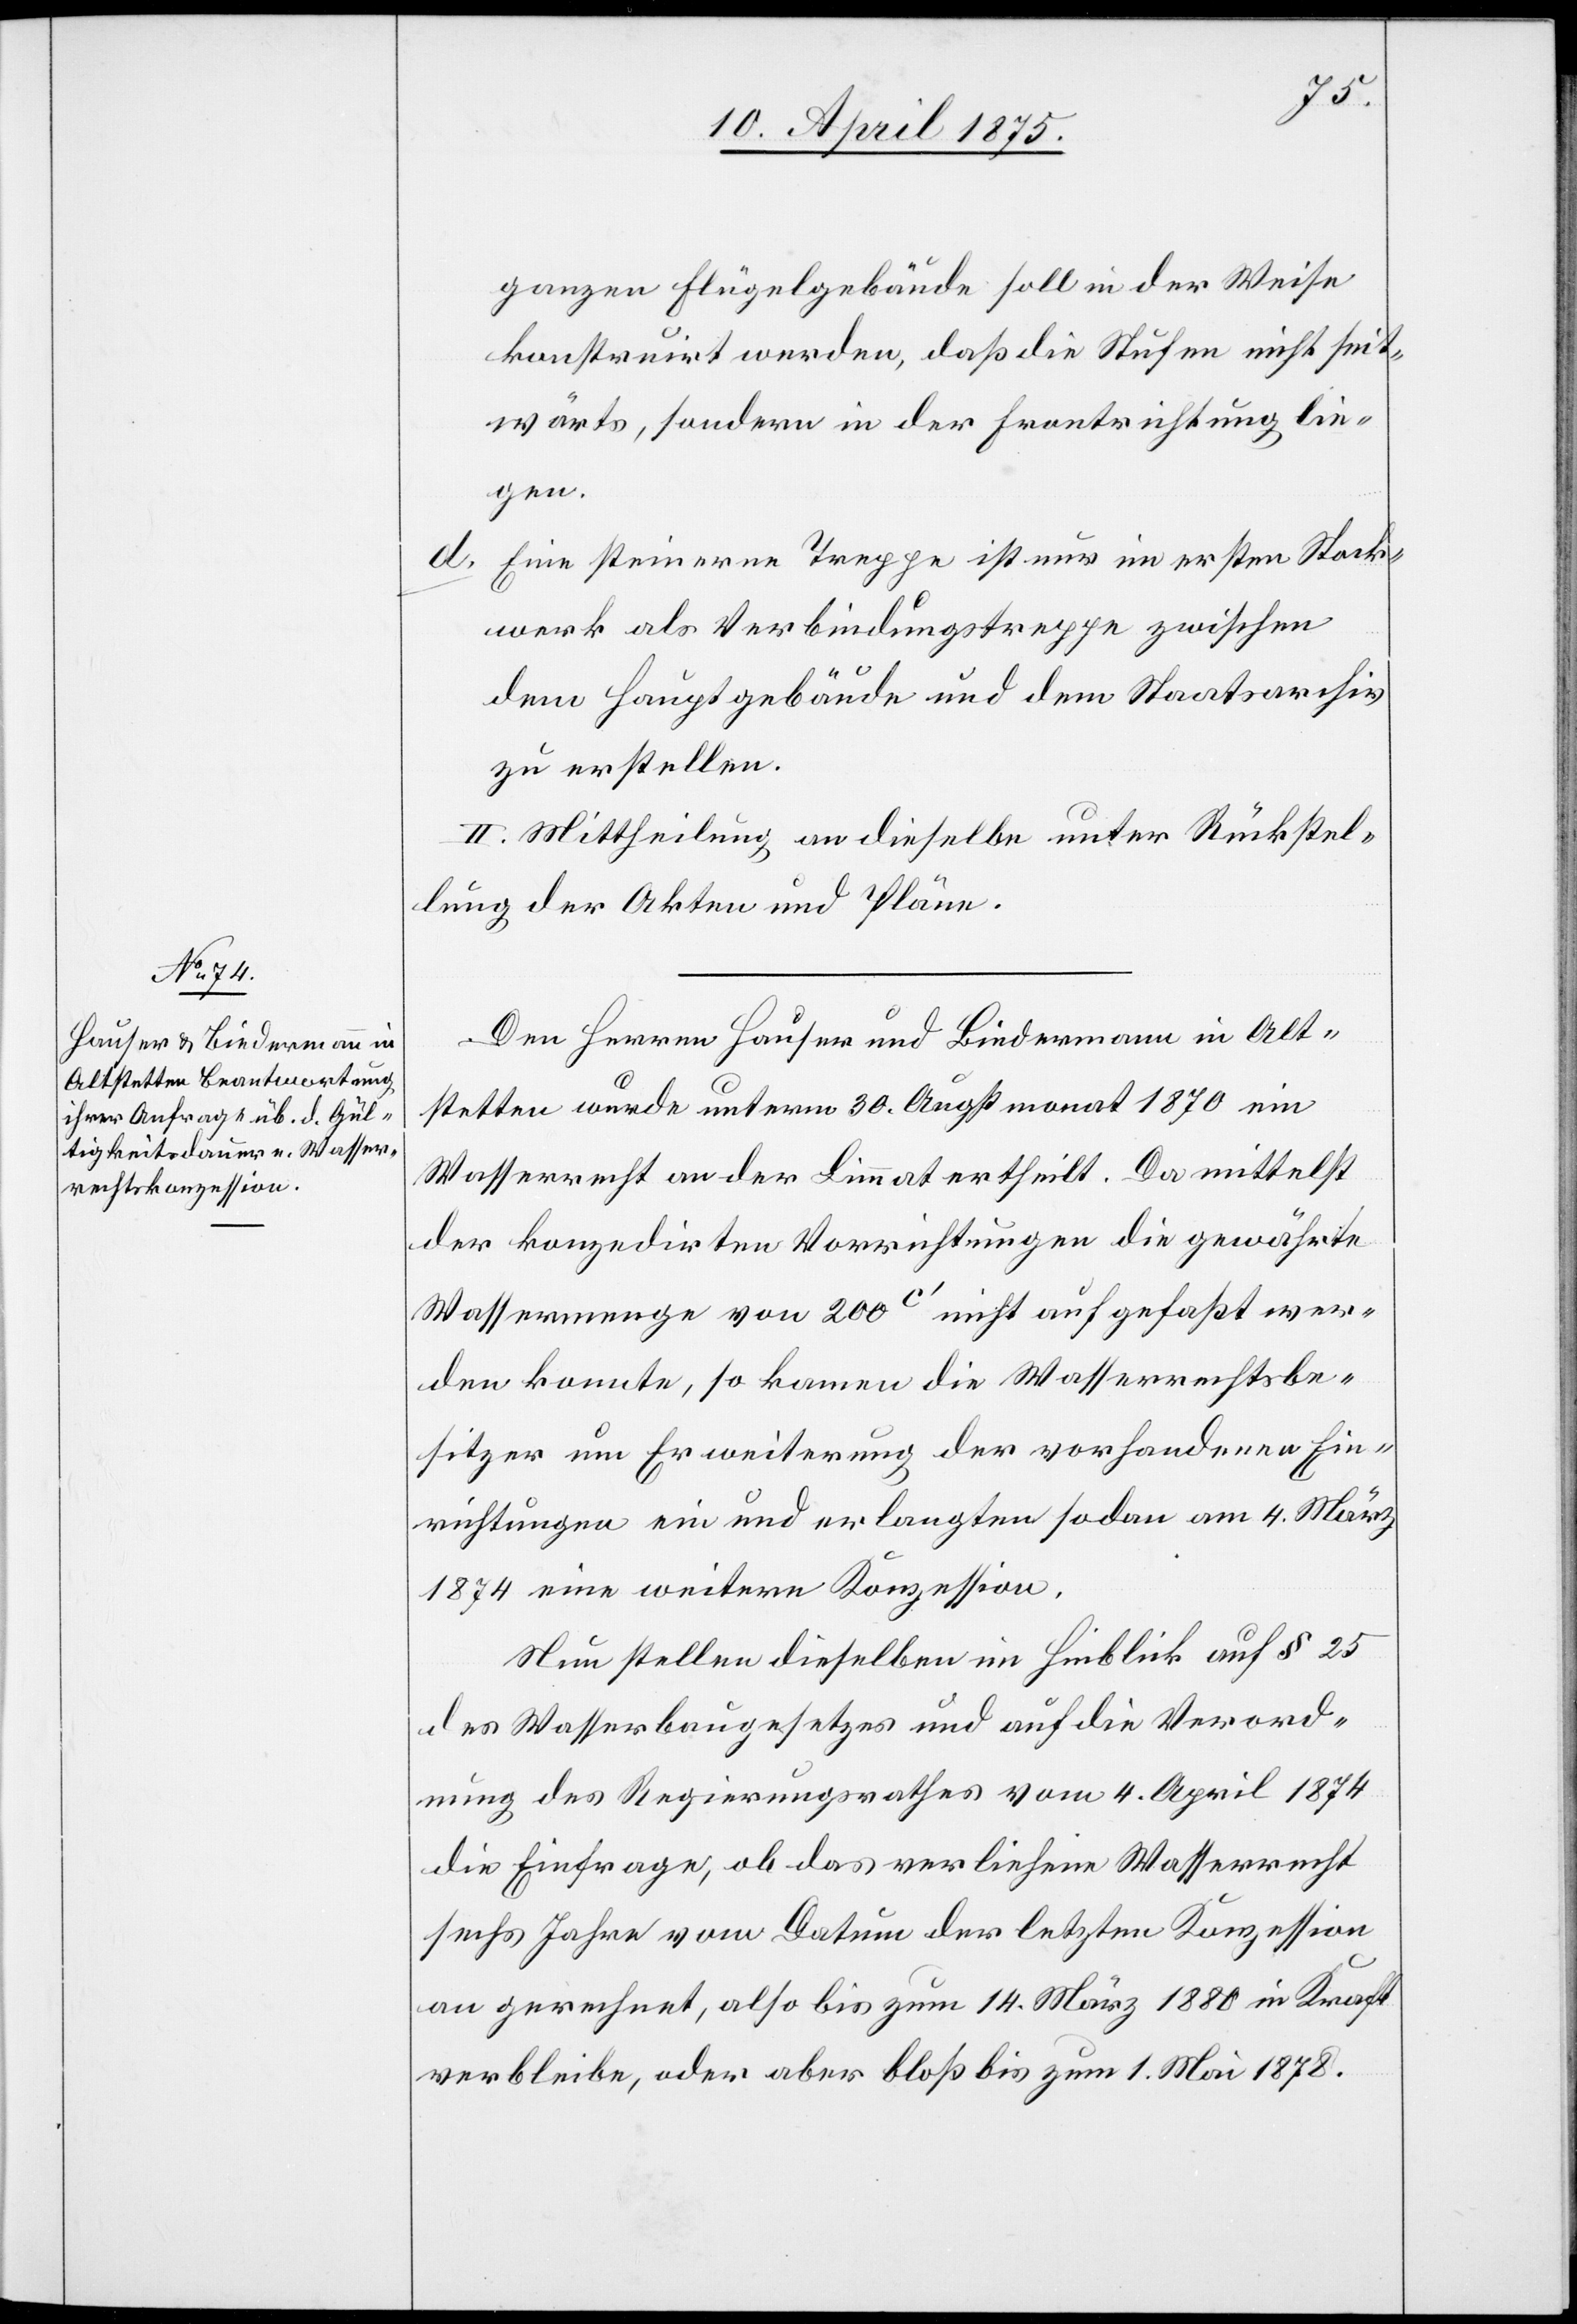
ganzen Flügelgebäude soll in der Weise
konstruirt werden, daß die Stufen nicht seit¬
wärts, sondern in der Frontrichtung lie¬
gen.
d. Eine steinerne Treppe ist nur im ersten Stock¬
werk als Verbindungstreppe zwischen
dem Hauptgebäude und dem Staatsarchiv
zu erstellen.
II. Mittheilung an dieselbe unter Rückstel¬
lung der Akten und Pläne.
Den Herren Hauser und Biedermann in Alt¬
stetten wurde unterm 30. Augstmonat 1870 ein
Wasserrecht an der Limmat ertheilt. Da mittelst
der konzedirten Vorrichtungen die gewährte
Wassermenge von 200c‘ nicht aufgefaßt wer¬
den konnte, so kamen die Wasserrechtsbe¬
sitzer um Erweiterung der vorhandenen Ein¬
richtungen ein und erlangten sodann am 4. März
1874 eine weitere Konzession.
Neu stellen dieselben im Hinblick auf § 25
des Wasserbaugesetzes und auf die Verord¬
nung des Regierungsrathes vom 4. April 1874
die Einfrage ob das verliehene Wasserrecht
sechs Jahre vom Datum der letzten Konzession
an gerechnet, also bis zum 14. März 1880 in Kraft
verbleibe, oder aber bloß bis zum 1. Mai 1878.